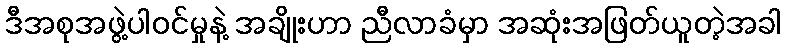
ဒီအစုအဖွဲ့ပါဝင်မှုနဲ့ အချိုးဟာ ညီလာခံမှာ အဆုံးအဖြတ်ယူတဲ့အခါ